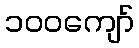
၁၀၀ကျော်